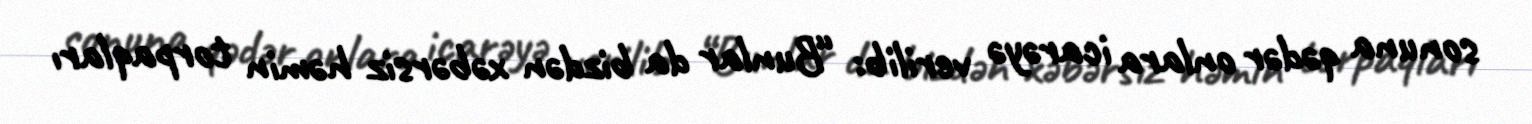
sonuna qədər onlara icarəyə verilib: “Bunlar da bizdən xəbərsiz həmin torpaqları